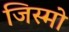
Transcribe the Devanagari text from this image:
जिस्मो